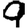
Digit: 9